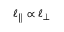
\ell _ { \parallel } \propto \ell _ { \perp }